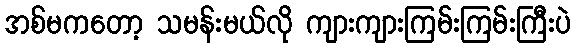
အစ်မကတော့ သမန်းမယ်လို ကျားကျားကြမ်းကြမ်းကြီးပဲ